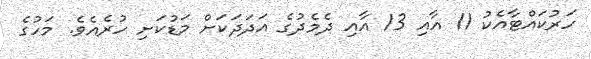
ހަރުކައްޓާއެކު 11 އާއި 13 އާއި ދެމެދުގެ އަދަދަކަށް މަޑުކަށި ހުރެއެވެ. މަހުގެ